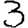
Digit: 3